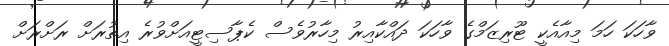
ވާހަކަ ހަމަ މިއާއެކީ ޓޫރިޒަމްގެ ވާހަކަ ދައްކާއިރު މިހާރުވެސް ކެޕާސިޓީއަށްވުރެ އިތުރަށް ރަށްރަށް